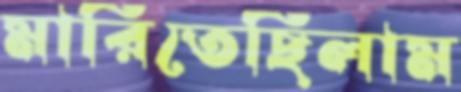
মারিতেছিলাম